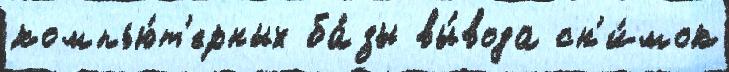
компью́т'ерных ба́зы вы́вода сн'и́мок